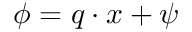
\phi = \boldsymbol { q } \cdot \boldsymbol { x } + \psi